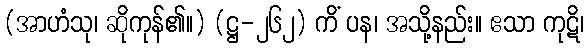
(အာဟံသု၊ ဆိုကုန်၏။) (ဋ္ဌ-၂၆၂) ကိံ ပန၊ အသို့နည်း။ ဧသာ ကုဋိ၊